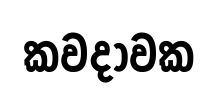
කවදාවක